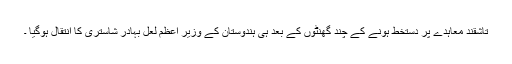
تاشقند معاہدے پر دستخط ہونے کے چند گھنٹوں کے بعد ہی ہندوستان کے وزیر اعظم لعل بہادر شاستری کا انتقال ہوگیا ۔